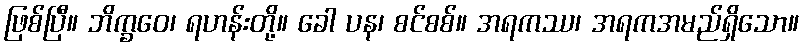
ဖြစ်ပြီ။ ဘိက္ခဝေ၊ ရဟန်းတို့။ ခေါ ပန၊ စင်စစ်။ အရကဿ၊ အရကအမည်ရှိသော။